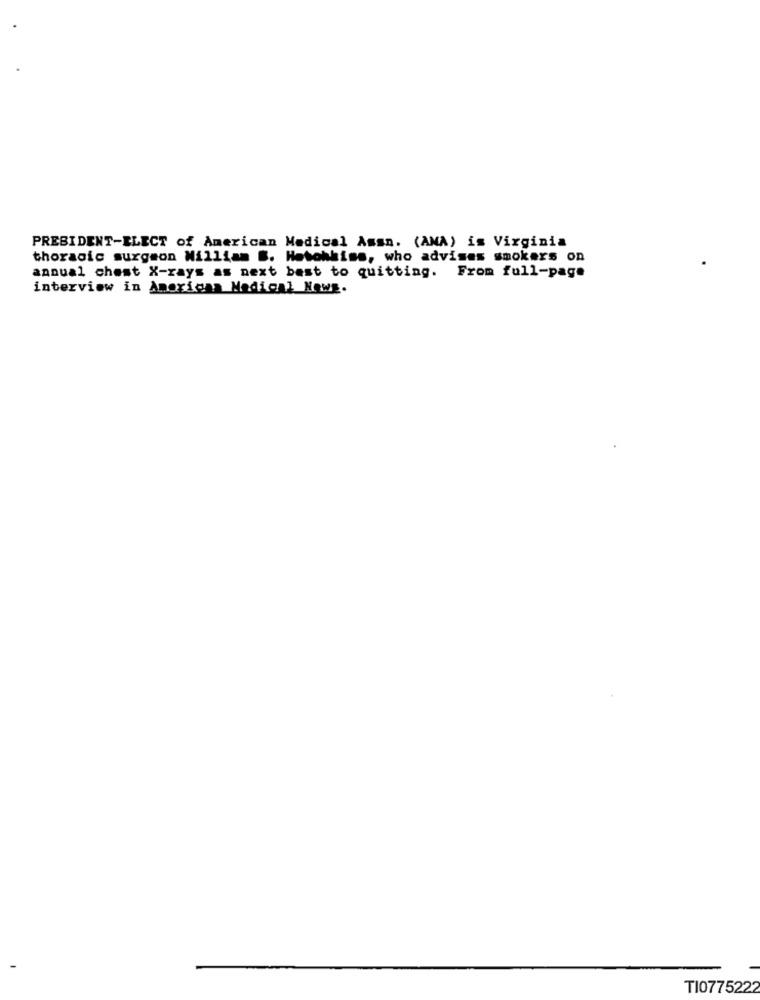
PRESIDENT-ELECT of American Medical Amsn. (AMA) is Virginia
thoracic surgeon William B. Hotohkiss, who advises smokers on
annual chest X-rays as next best to quitting. From full-page
interview in American Medical News.
TI0775222